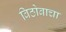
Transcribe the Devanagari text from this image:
विठोबाचा